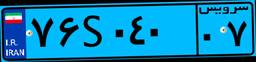
۷۶S۰۴۰۰۷